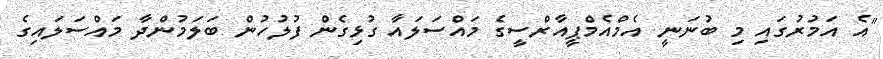
"އެ އަމުރުގައި މި ބުނަނީ އެމްއެމްޕީއާރްސީގެ މައްސަލައާ ގުޅިގެން ފުލުހުން ބަލަމުންދާ މައްސަލައިގެ